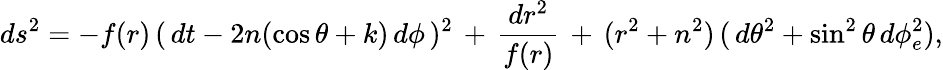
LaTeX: ds^{2}=-f(r)\, (\, dt-2n(\cos{\theta}+k)\, d\phi\, )^{2}\, +\, \frac{dr^{2}}{f(r)}\, +\, (r^{2}+n^{2})\, (\, d\theta^{2}+\sin^{2}{\theta}\, d\phi_{e}^{2}),